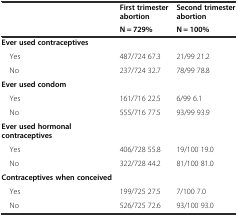
| <ROWSPAN=2>  | First trimester abortion | Second trimester abortion |
 | N = 729% | N = 100% |
 | --- | --- | --- |
 | Ever used contraceptives |  |  |
 | Yes | 487/724 67.3 | 21/99 21.2 |
 | No | 237/724 32.7 | 78/99 78.8 |
 | Ever used condom |  |  |
 | Yes | 161/716 22.5 | 6/99 6.1 |
 | No | 555/716 77.5 | 93/99 93.9 |
 | Ever used hormonal contraceptives |  |  |
 | Yes | 406/728 55.8 | 19/100 19.0 |
 | No | 322/728 44.2 | 81/100 81.0 |
 | Contraceptives when conceived |  |  |
 | Yes | 199/725 27.5 | 7/100 7.0 |
 | No | 526/725 72.6 | 93/100 93.0 |